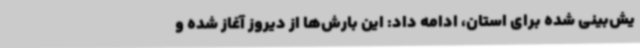
یش‌بینی شده برای استان، ادامه داد: این بارش‌ها از دیروز آغاز شده و